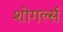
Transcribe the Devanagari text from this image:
शोगर्ल्स